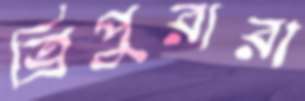
ত্রিপুরারা